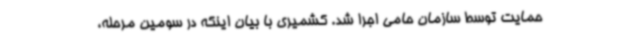
حمایت توسط سازمان حامی اجرا شد. کشمیری با بیان اینکه در سومین مرحله،